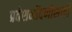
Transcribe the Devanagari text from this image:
प्रवेशनोंदणीसाठी